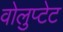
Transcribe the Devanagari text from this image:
वोलुप्टेट